Calcutta medical institutions reports 1879-81 [i.e.91]
Year: 1879
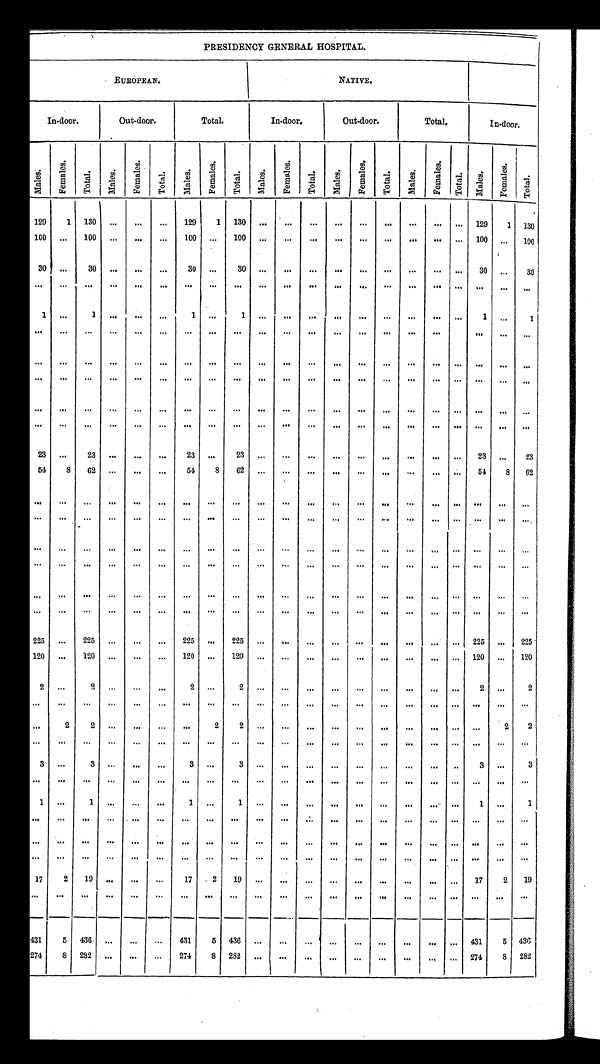
PRESIDENCY GENERAL HOSPITAL.
E U R O P E A N .
N A T I V E . .
In-door.
Out-door
.
Total.
In-door.
Out-door.
Total.
In-door.
Ma l e s .
F e m a l e s .
Tot al .
M a l e s .
F e m a l e s .
T o t a l .
M a l e s .
F e m a l e s .
Tot al .
M a l e s .
F e m a l e s .
T o t a l .
M a l e s .
F e m a l s .
T o t a l .
M a l e s . Femal s .
Total . Ma l e s .
F e m a l s .
T o t a l .
129
1 130 ...
...
...
129
1 130
. . .
. . .
...
......
...
...
...
... 129
1 1 3 0
100 ...
100 ...
...
...
100 ...
100
. . .
...
...
......
...
...
...
... 100 ...
100
30 ...
30
...
...
...
30 ... 30 ...
...
...
......
...
...
...
... 30
...
3 0
...
...
...
...
...
...
...
...
...
...
...
...
......
...
...
...
... ...
...
...
1 ...
1 ...
...
...
1 ...
1...
...
...
... ...
...
...
...
... 1
...
1
...
...
...
...
...
...
...
...
...
...
...
...
......
...
...
...
... ...
...
...
...
...
...
...
...
...
...
...
...
...
...
...
......
...
...
...
... ...
...
...
...
...
...
...
...
...
...
...
...
...
...
...
......
...
...
...
... ...
...
...
...
...
...
...
...
...
...
...
...
...
...
...
......
...
...
...
... ...
...
...
...
...
...
...
...
...
...
...
...
...
...
...
......
...
...
...
... ...
...
...
23 ...
23
...
...
...
23 ...
23
. . .
. . .
. . .
. . . ...
. . .
. . . ...
...
23 ...
2 3
54
8
62 ... ...
...
54
8
62
. . .
. . .
. . .
. . . ...
. . .
. . . ...
...
54
8
6 2
...
...
...
...
...
...
...
...
...
...
...
...
......
...
...
...
... ...
...
...
...
...
...
... ...
...
...
...
...
...
...
...
......
...
...
...
... ...
...
...
...
...
...
...
...
...
...
...
...
...
...
...
......
...
...
...
... ...
...
...
...
... ...
...
...
...
...
...
...
...
...
. . .
. . . ...
. . .
. . . ...
...
...
...
. . .
...
...
...
...
...
...
...
...
...
...
...
...
......
...
...
...
... ...
...
...
...
...
...
...
...
...
...
...
...
...
...
...
......
...
...
...
... ...
...
...
225 ...
225
... ...
...
225 ...
225
. . . ...
. . .
. . . ...
. . .
. . . ...
... 225 ...
225
120 ...
120 ...
...
...
120 ...
120 ...
...
...
......
...
...
...
... 120 ...
120
2 ...
2
...
...
...
2 ... 2
...
...
...
......
...
...
...
...
2 ...
2
... ...
...
...
...
...
...
...
...
...
...
...
......
...
...
...
... ...
...
...
...
2
2...
...
...
...
2 2
...
...
...
... ...
...
...
...
... ...
2
2
... ...
...
...
...
...
...
...
...
...
...
...
......
...
...
...
... ...
...
...
3
... 3
...
...
...
3 ... 3
...
...
...
......
...
...
...
...
3 ...
3
...
...
...
...
...
...
...
...
...
...
...
...
......
...
...
...
... ...
...
...
1
...
1...
...
...
1 ... 1
. . .
...
...
......
...
...
...
...
1 ...
1
...
...
...
...
...
...
...
...
...
...
...
...
......
...
...
...
... ...
...
...
...
...
...
...
...
...
...
...
...
...
...
...
......
...
...
...
... ...
...
...
...
...
...
...
...
...
...
...
...
...
...
...
......
...
...
...
... ...
...
...
172
19
...
...
...
172
19 ...
...
...
......
...
...
...
.. 17
2
1 9
...
...
...
...
...
...
...
...
...
...
...
...
......
...
...
...
...
...
...
...
431
5
436
...
...
...
431
5 436
...
...
...
......
...
...
...
... 431
5 436
274
8
282
...
...
...
274
8
282
...
...
...
. . .
...
...
...
...
... 274
8 282